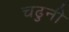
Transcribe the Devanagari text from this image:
चढुनी